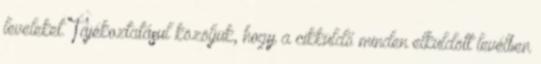
leveleket. Tájékoztatásul közöljük, hogy a cikküldő minden elküldött levélben